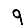
Digit: 9